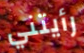
رأيتني